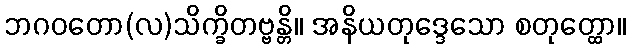
ဘဂဝတော(လ)သိက္ခိတဗ္ဗန္တိ။ အနိယတုဒ္ဒေသော စတုတ္ထော။